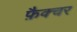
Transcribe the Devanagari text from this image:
फ़ैक्चर